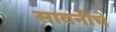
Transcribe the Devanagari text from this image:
सावनीचे